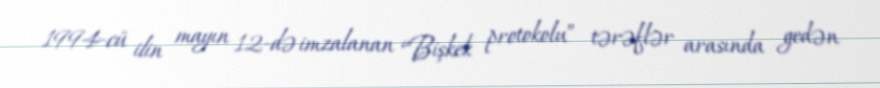
1994-cü ilin mayın 12-də imzalanan “Bişkek protokolu” tərəflər arasında gedən